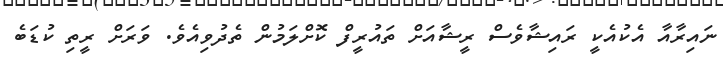
ނައިރާއާ އެކުއެކީ ރައިޝާވެސް ރީޝާއަށް ތައުރީފް ކޮށްލަމުން ތެދުވިއެވެ. ވަރަށް ރީތި ކުޑަބެ